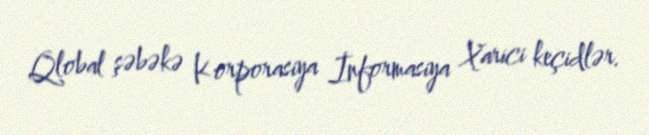
Qlobal şəbəkə Korporasiya İnformasiya Xarici keçidlər.